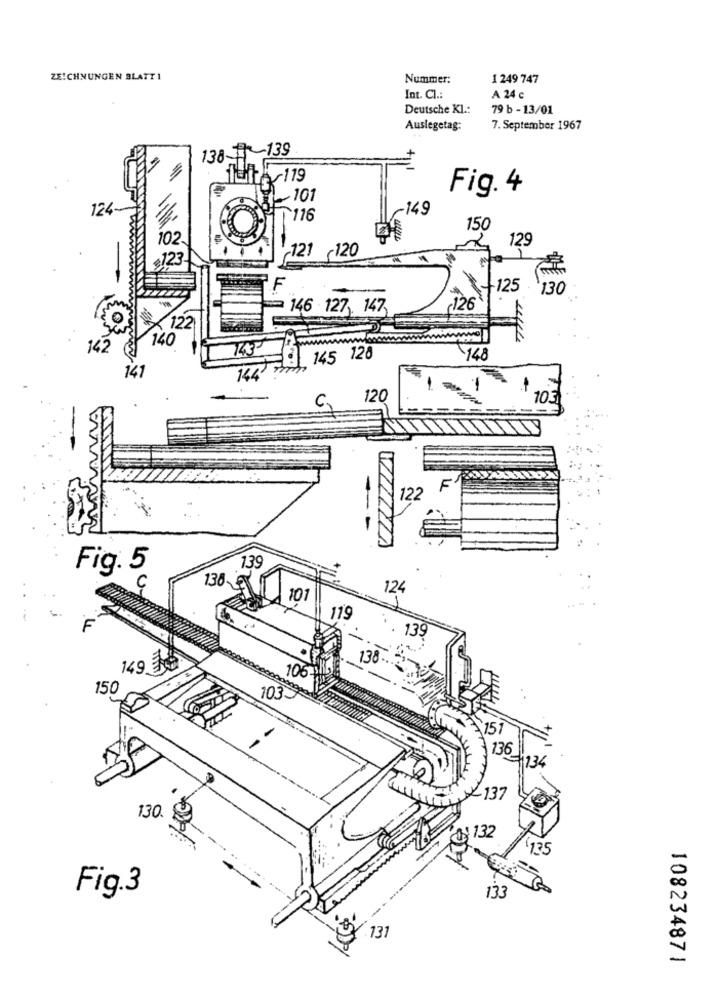
ZEICHNUNGEN BLATT 1
Nummer:
1 249 747
Int. Cl .:
A 24 c
Deutsche Kl .:
79 b - 13/01
Auslegetag:
7. September 1967
138-139
Fig. 4
101
124-
-149
116
150
102
129
121 120
123
F
-125
130
146 127 147
122
140
142
143
145 128
-148
141
144
120
10
C,
F
122
--
Fig. 5
139
124
101
119
139
149.38
106
150
103-
$ 151
136
1234
137
130.
132
135
Fig.3
133
131
108234871